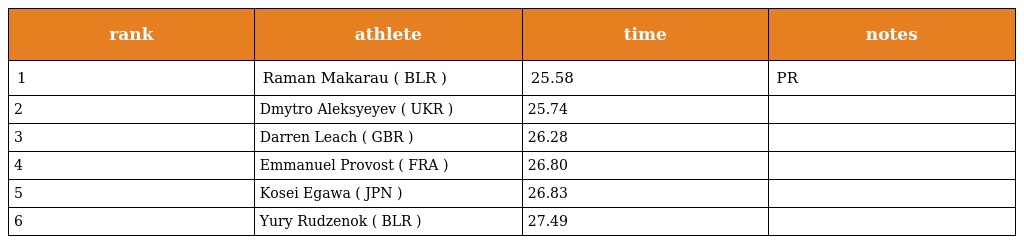
| rank | athlete | time | notes |
 | --- | --- | --- | --- |
 | 1 | Raman Makarau ( BLR ) | 25.58 | PR |
 | 2 | Dmytro Aleksyeyev ( UKR ) | 25.74 |  |
 | 3 | Darren Leach ( GBR ) | 26.28 |  |
 | 4 | Emmanuel Provost ( FRA ) | 26.80 |  |
 | 5 | Kosei Egawa ( JPN ) | 26.83 |  |
 | 6 | Yury Rudzenok ( BLR ) | 27.49 |  |